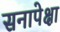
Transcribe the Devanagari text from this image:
सनापेक्षा